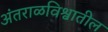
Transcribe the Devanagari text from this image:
अंतराळविश्वातील